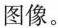
图像。